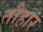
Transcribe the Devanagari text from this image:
तौहार